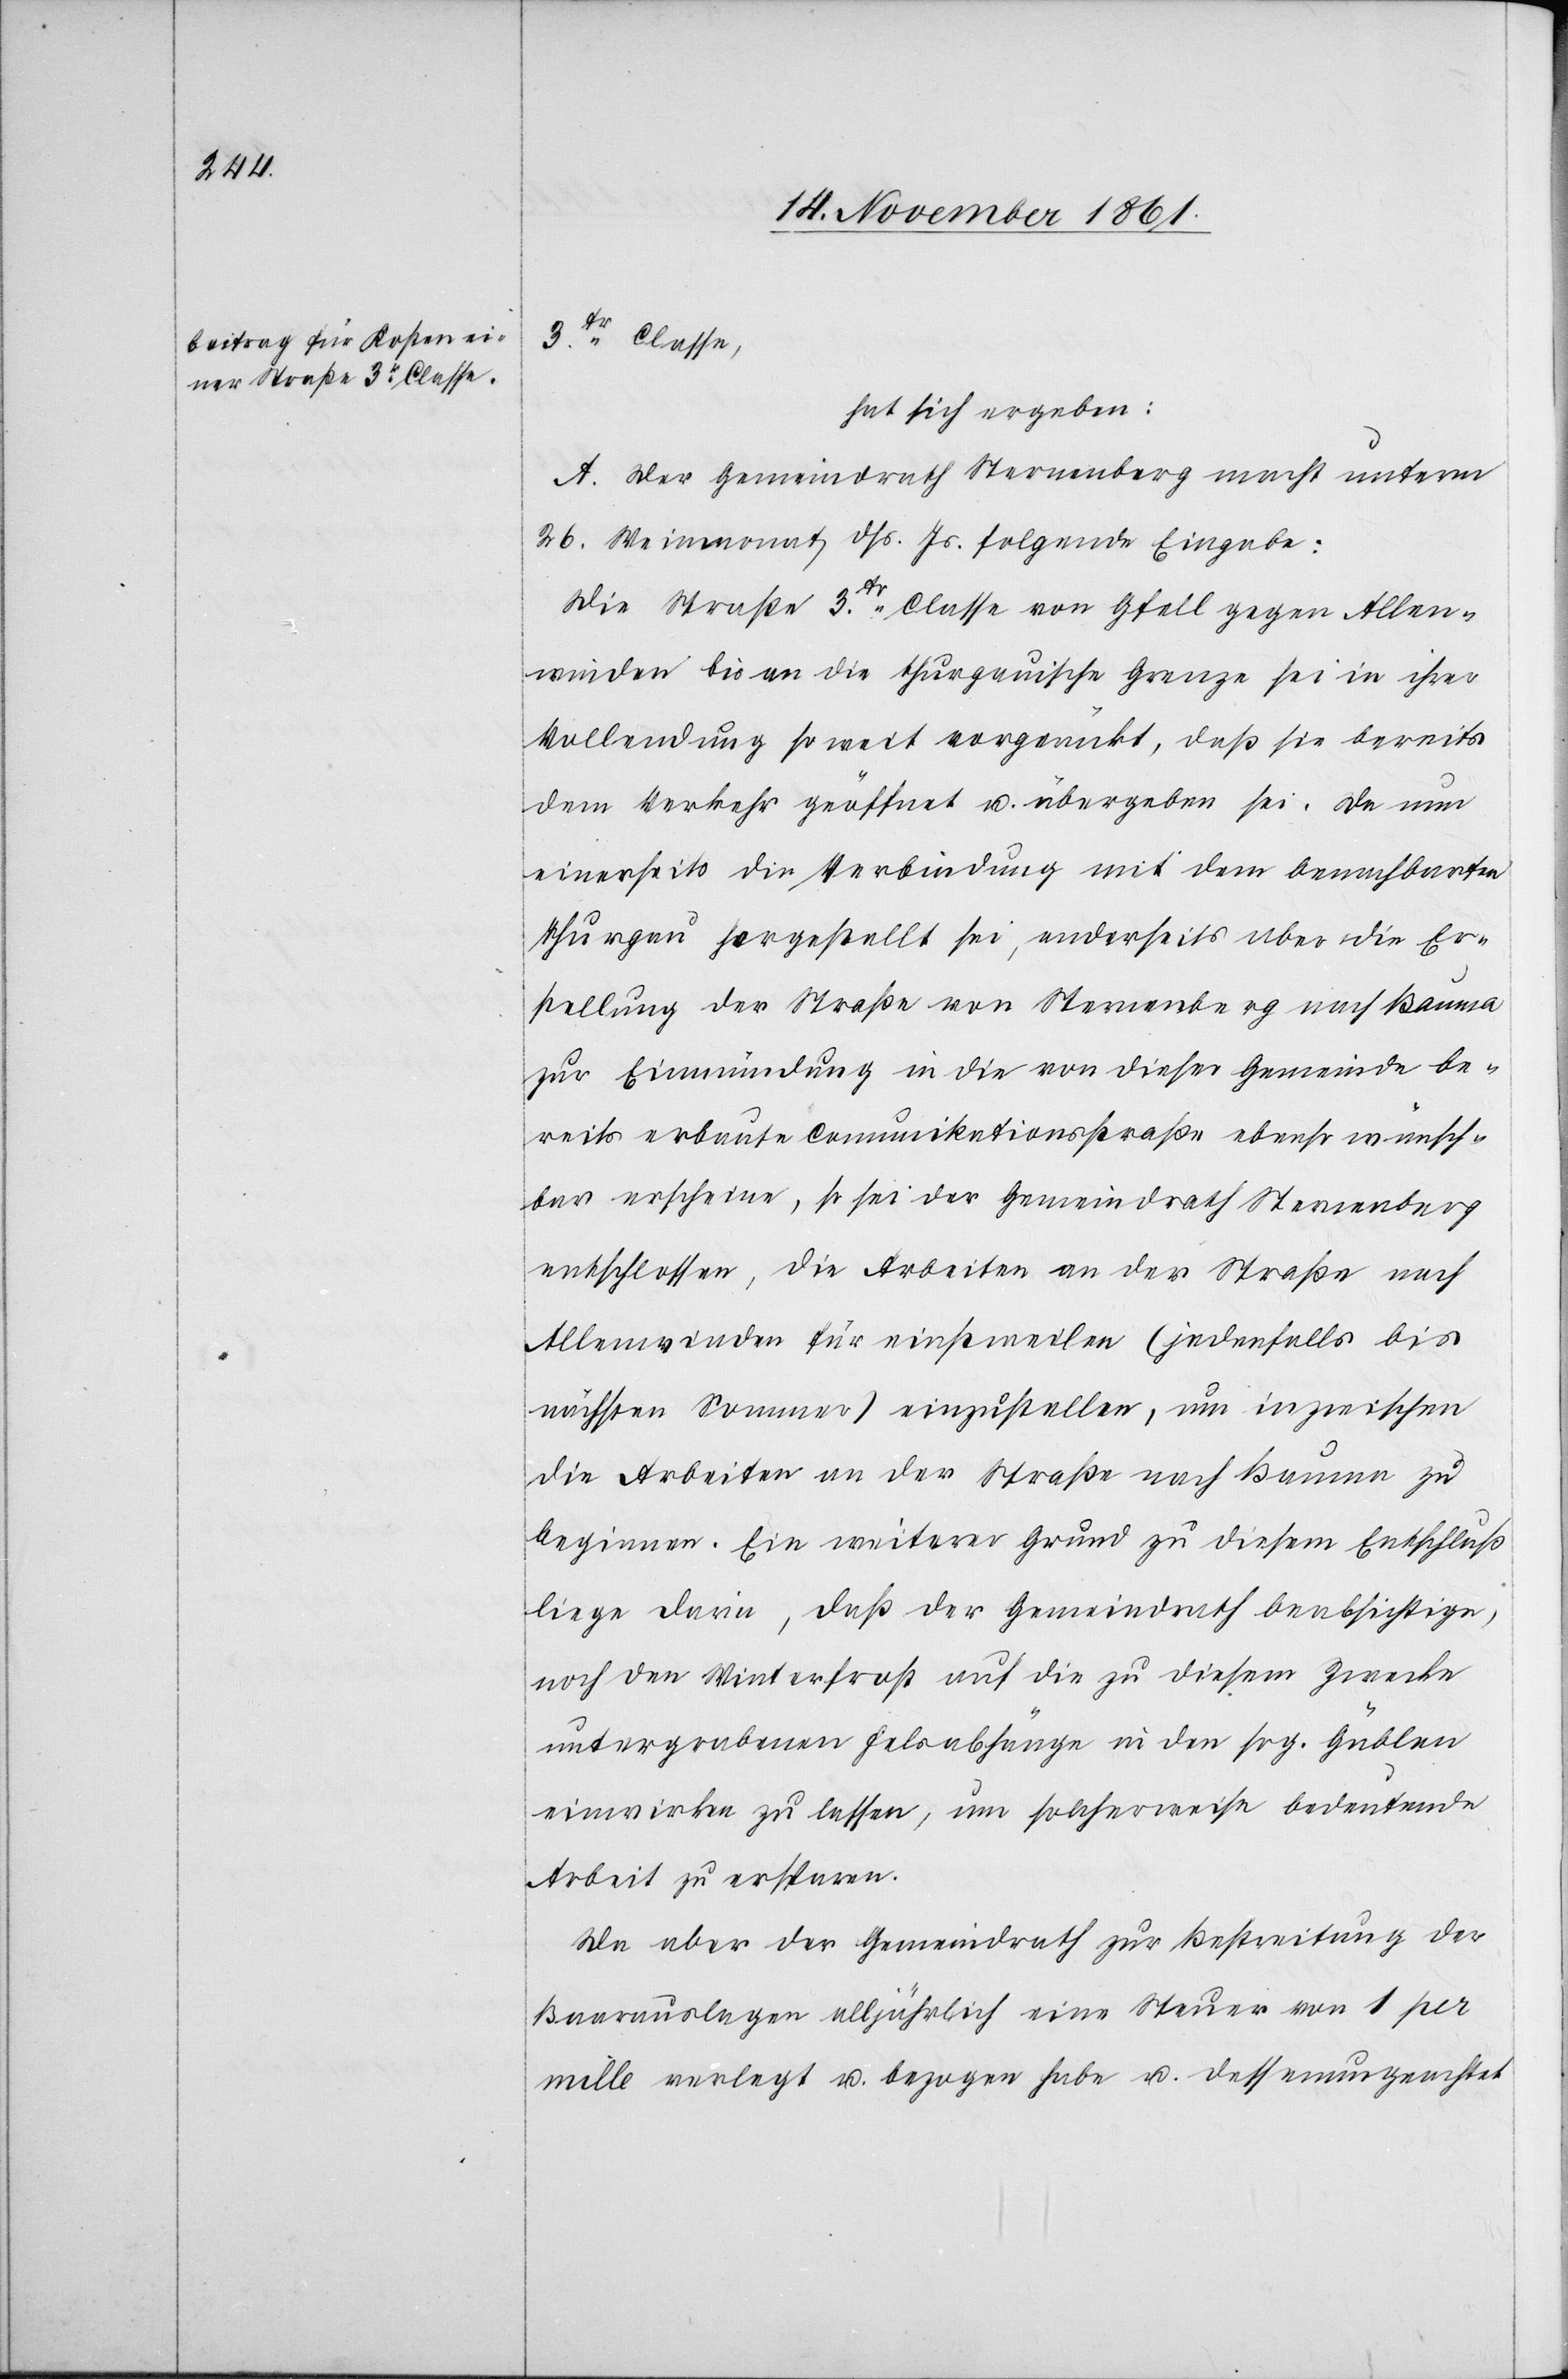
3tr Classe,
hat sich ergeben:
A. Der Gemeindrath Sternenberg macht unterm
26 Weinmonat dß. Js. folgende Eingabe:
Die Straße 3tr Classe von Gfell gegen Allen¬
winden bis an die Thurgauische Grenze sei in ihrer
Vollendung so weit vorgerückt, daß sie bereits
dem Verkehr geöffnet u. übergeben sei. Da nun
einerseits die Verbindung mit dem benachbarten
Thurgau hergestellt sei, anderseits aber die Er¬
stellung der Straße von Sternenberg nach Bauma
zur Einmündung in die von dieser Gemeinde be¬
reits erbaute Communikationsstraße ebenso wünsch¬
bar erscheine, so sei der Gemeindrath Sternenberg
entschlossen, die Arbeiten an der Straße nach
Allenwinden für einstweilen (jedenfalls bis
nächsten Sommer) einzustellen, um inzwischen
die Arbeiten an der Straße nach Bauma zu
beginnen. Ein weiterer Grund zu diesem Entschluß
liege darin, daß der Gemeindrath beabsichtige,
noch den Winterfrost auf die zu diesem Zwecke
untergrabenen Felsabfänge in den sog. Güblen
einwirken zu lassen, um solcherweise bedeutende
Arbeit zu ersparen.
Da aber der Gemeindrath zur Bestreitung der
Baarauslagen alljährlich eine Steuer von 1 per
mille verlegt u. bezogen habe u. dessenungeachtet